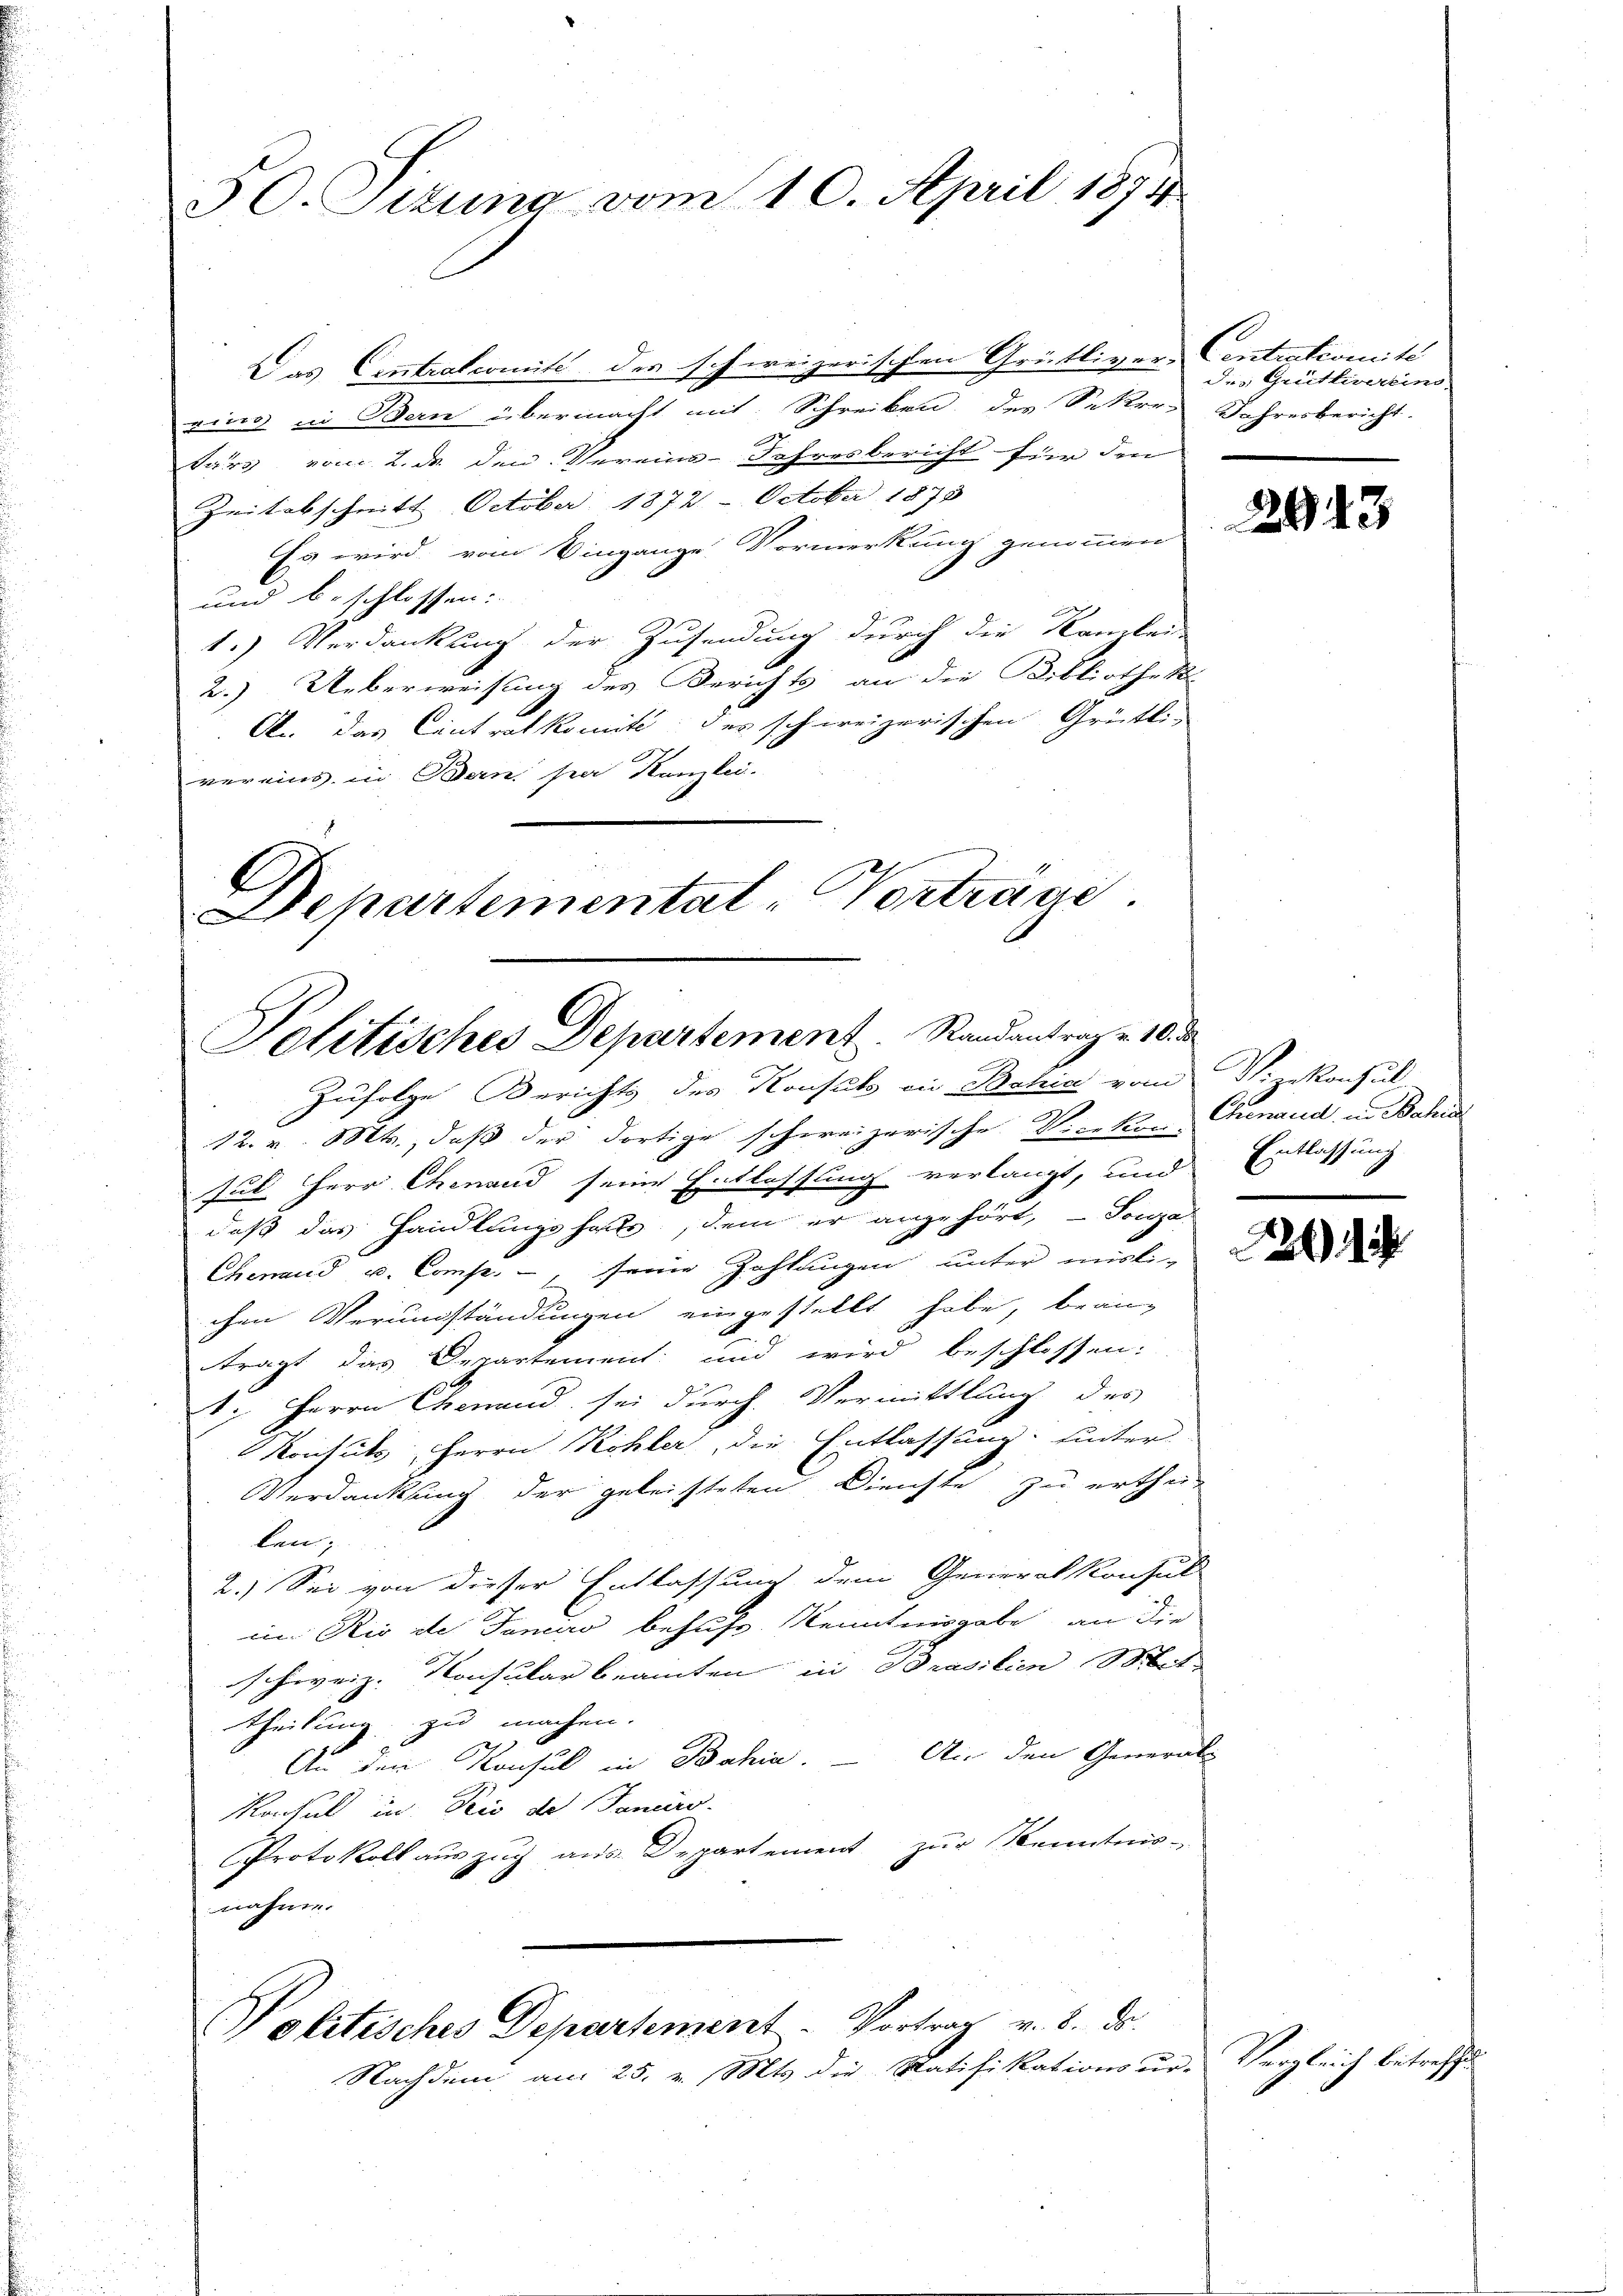
30. Sitzung vom 10. April 1874

Das Centralcomité des schweizerischen Grütliver-
rins in Bern übermacht mit Schreiben des Sekre Jahresbericht.
tärs vom 2. ds den Vereins-Jahresbericht für den
Zeitabschnitt. October 1874. October 1878
Es wird vom Eingange Vormerkung genommen
und beschlossen:
1.) Verdankung der Zusendung durch die Kanlei
2.) Ueberweisung des Berichts an die Bibliothek-
A. das Cintralkomité des schweizerischen Grütli-
vereins in Bern par Kanzlei.
Departemental-Vortrage

Politisches Departement.   Randantrag v. 10. d.
Zufolge Berichts des Konsuls ein Bahia vom Vizekonsul-

Politisches Departement - Vortrag v. 8. ds.
Nachdem am 25. v. Mts. die Ratifikationsur-

Centrstcomite
des Grütlivereins.

12. v. Mts., daß der dortige schweizerische Vicekon Genaud in Bahn
Jul Herr Chinand seine Entlassung verlangt, und
daß das Handlungshaus, dem er angehört, Tonga-
Chenaud u. Comp. -, seine Zahlungen unter missichen Verundständungen eingestellt habe, brann
trägt das Departement und wird beschlossen:
1. Herrn Genand sei durch Vermittlung des
Konsuls, Herrn Kohler, die Entlassung hinter-
Verdankung der geleisteten Dienste zu erthei-
len;
2.) Sei von dieser Entlassung dem Generalkonsul
im Rio ste Tanaro behufs Kenntnisgabe an die
schweiz. Konsular beamten in Brasilien bet
theilung zu machen.
An den Konsul in Bahia. — Ain den General-
Konsul in die de Janis
Protokoll auszug aus Departement zur Kenntnis-
nahme.

2943

Entlassung

2

Vergleich betreffe